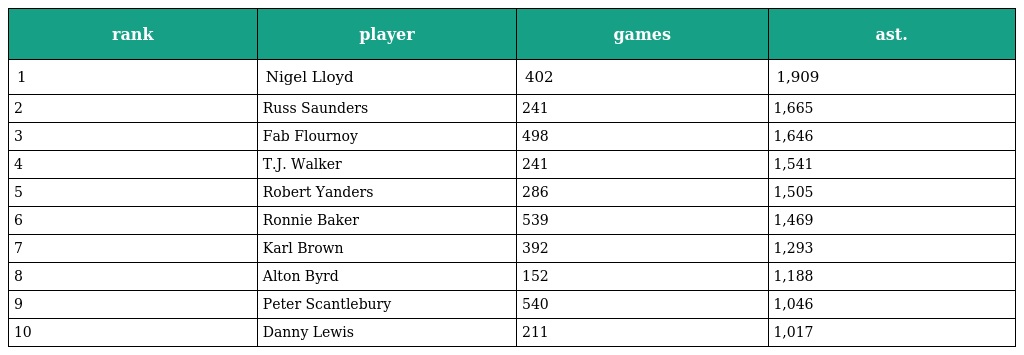
| rank | player | games | ast. |
 | --- | --- | --- | --- |
 | 1 | Nigel Lloyd | 402 | 1,909 |
 | 2 | Russ Saunders | 241 | 1,665 |
 | 3 | Fab Flournoy | 498 | 1,646 |
 | 4 | T.J. Walker | 241 | 1,541 |
 | 5 | Robert Yanders | 286 | 1,505 |
 | 6 | Ronnie Baker | 539 | 1,469 |
 | 7 | Karl Brown | 392 | 1,293 |
 | 8 | Alton Byrd | 152 | 1,188 |
 | 9 | Peter Scantlebury | 540 | 1,046 |
 | 10 | Danny Lewis | 211 | 1,017 |